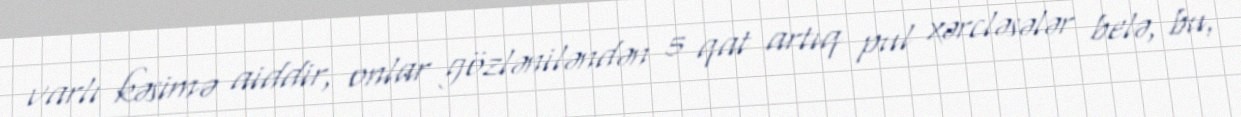
varlı kəsimə aiddir, onlar gözləniləndən 5 qat artıq pul xərcləsələr belə, bu,